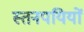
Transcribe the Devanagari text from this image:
स्तनपयियों